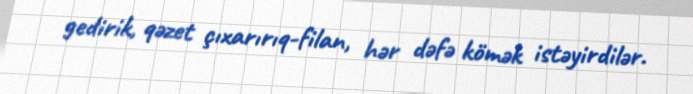
gedirik, qəzet çıxarırıq-filan, hər dəfə kömək istəyirdilər.